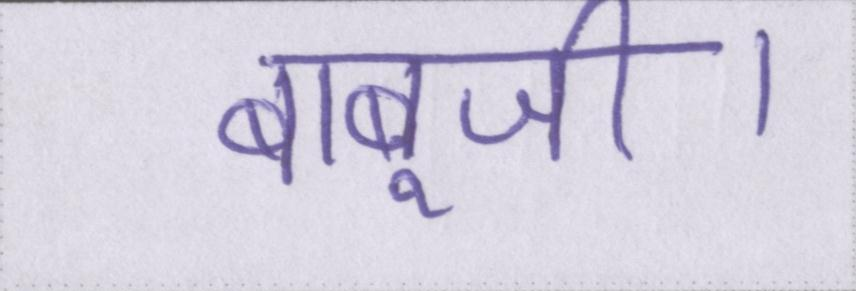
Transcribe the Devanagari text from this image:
बाबूजी।